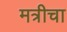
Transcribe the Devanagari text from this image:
मत्रीचा